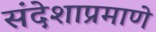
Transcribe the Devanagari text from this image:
संदेशाप्रमाणे